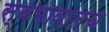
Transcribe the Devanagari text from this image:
स्वभावातच